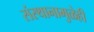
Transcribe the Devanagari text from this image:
संस्थानामुळेही